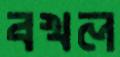
বখল